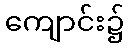
ကျောင်း၌